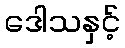
ဒေါသနှင့်